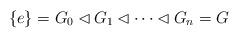
LaTeX: \begin{align*}\{e\}=G_0\lhd G_1\lhd \cdots\lhd G_n=G\end{align*}